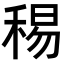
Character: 𥟘